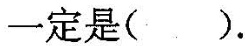
一定是( ).